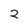
Character: 2